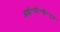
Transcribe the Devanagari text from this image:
आई॰सी॰बी॰एम